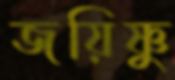
জয়িষ্ণু